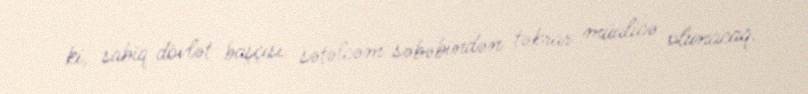
ki, sabiq dövlət başçısı sətəlcəm səbəbindən təkrar müalicə olunacaq.